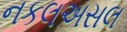
નકલઅસલ